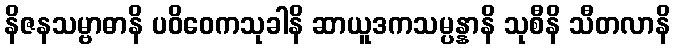
နိဇနသမ္ဗာဓာနိ ပဝိဝေကသုခါနိ ဆာယူဒကသမ္ပန္နာနိ သုစီနိ သီတလာနိ